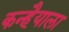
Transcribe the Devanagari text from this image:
कन्हैयाला